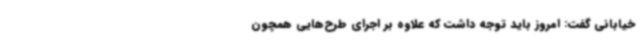
خیابانی گفت: امروز باید توجه داشت که علاوه بر اجرای طرح‌هایی همچون